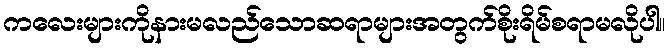
ကလေးများကိုနားမလည်သောဆရာများအတွက်စိုးရိမ်စရာမလိုပါ။